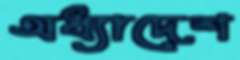
অধ্যাদেশ